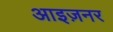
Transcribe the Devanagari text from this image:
आइज़नर